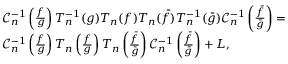
\begin{array} { r l } & { \mathcal { C } _ { n } ^ { - 1 } \left( \frac { f } { g } \right) T _ { n } ^ { - 1 } ( g ) T _ { n } ( f ) T _ { n } ( \bar { f } ) T _ { n } ^ { - 1 } ( \bar { g } ) \mathcal { C } _ { n } ^ { - 1 } \left( \frac { \bar { f } } { \bar { g } } \right) = } \\ & { \mathcal { C } _ { n } ^ { - 1 } \left( \frac { f } { g } \right) T _ { n } \left( \frac { f } { g } \right) T _ { n } \left( \frac { \bar { f } } { \bar { g } } \right) \mathcal { C } _ { n } ^ { - 1 } \left( \frac { \bar { f } } { \bar { g } } \right) + L , } \end{array}